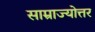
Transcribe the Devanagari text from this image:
साम्राज्योत्तर